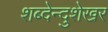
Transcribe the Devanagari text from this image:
शब्देन्दुशेखर